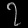
Digit: ၇